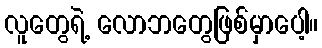
လူတွေရဲ့ လောဘတွေဖြစ်မှာပေါ့။